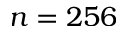
n = 2 5 6